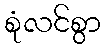
စုံလင်စွာ